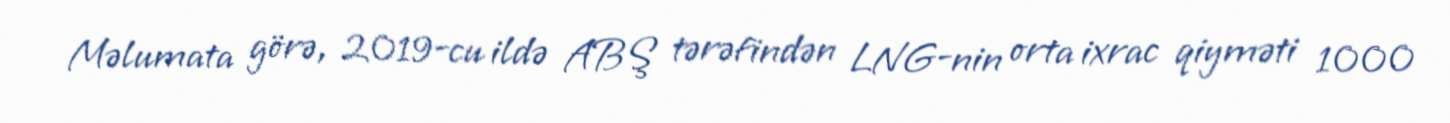
Məlumata görə, 2019-cu ildə ABŞ tərəfindən LNG-nin orta ixrac qiyməti 1000